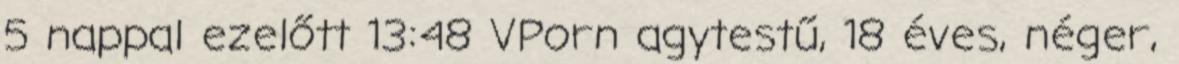
5 nappal ezelőtt 13:48 VPorn agytestű, 18 éves, néger,